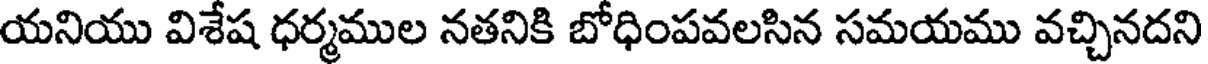
యనియు విశేష ధర్మముల నతనికి బోధింపవలసిన సమయము వచ్చినదని